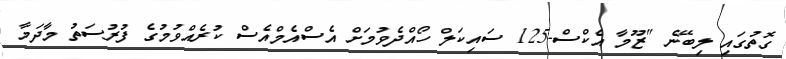
ގޮތުގައި ލިބޭނެ "ޒޫމާ އެކްސް-125 ސައިކަލް ހޯއްދެވުމަށް އެސްއެމްއެސް ކުރެއްވުމުގެ ފުރުސަތު މާދަމާ